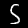
Digit: 5